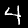
Digit: 4